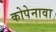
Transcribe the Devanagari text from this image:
कोपेनावा